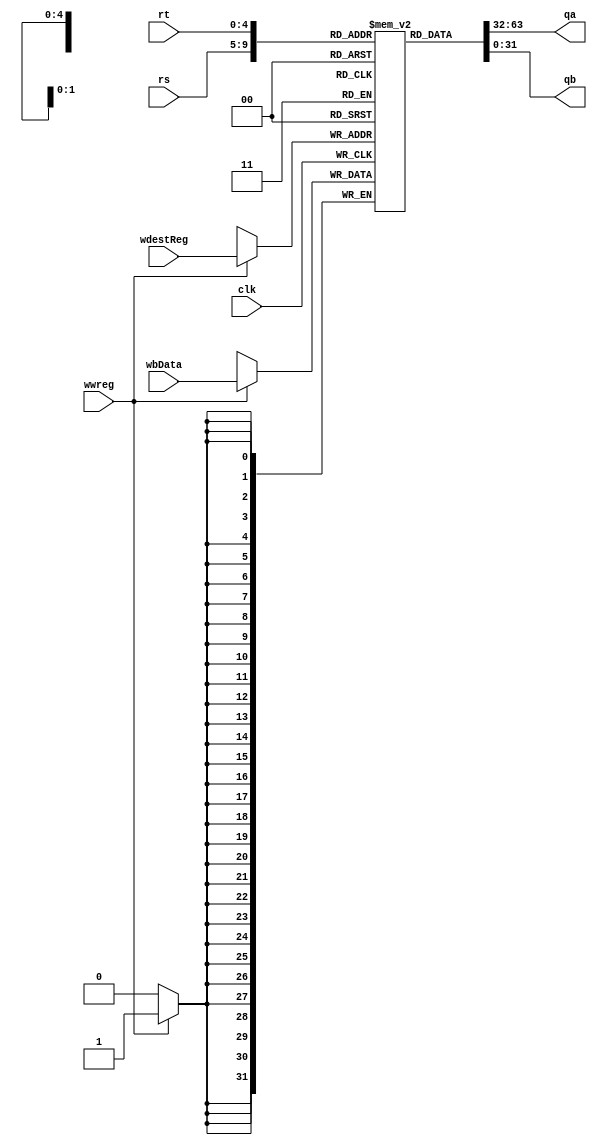
`timescale 1ns / 1ps

module RegisterFile(input[4:0] rs, input[4:0] rt, input[4:0] wdestReg, input[31:0] wbData, input wwreg, input clk, output reg [31:0] qa, output reg [31:0] qb);
    reg [31:0] registers [0:31];
    initial begin
        registers[0]  = 'h00000000;
        registers[1]  = 'hA00000AA;
        registers[2]  = 'h10000011;
        registers[3]  = 'h20000022;
        registers[4]  = 'h30000033;
        registers[5]  = 'h40000044;
        registers[6]  = 'h50000055;
        registers[7]  = 'h60000066;
        registers[8]  = 'h70000077;
        registers[9]  = 'h80000088;
        registers[10] = 'h90000099;
        registers[11] = 32'b0;
        registers[12] = 32'b0;
        registers[13] = 32'b0;
        registers[14] = 32'b0;
        registers[15] = 32'b0;
        registers[16] = 32'b0;
        registers[17] = 32'b0;
        registers[18] = 32'b0;
        registers[19] = 32'b0;
        registers[20] = 32'b0;
        registers[21] = 32'b0;
        registers[22] = 32'b0;
        registers[23] = 32'b0;
        registers[24] = 32'b0;
        registers[25] = 32'b0;
        registers[26] = 32'b0;
        registers[27] = 32'b0;
        registers[28] = 32'b0;
        registers[29] = 32'b0;
        registers[30] = 32'b0;
        registers[31] = 32'b0;
    end
    always @ (*) begin
        qa = registers[rs];
        qb = registers[rt];
    end
    
    always @ (negedge clk) begin
        if (wwreg == 1) begin
            registers[wdestReg] = wbData;
        end
    end
endmodule